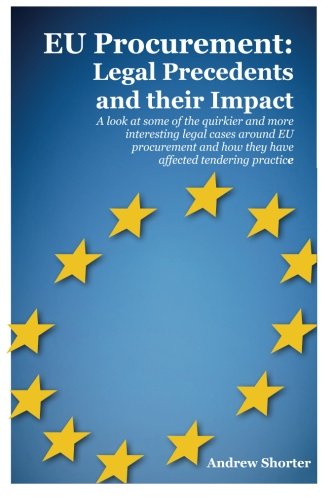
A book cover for EU Procurement: Legal Precedents and their Impact; Mr Andrew Shorter; Law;